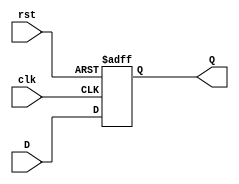
`timescale 1ns / 1ps
//////////////////////////////////////////////////////////////////////////////////


module DFlipFlop(input clk, input rst, input D, output reg Q);
 
 always @ (posedge clk or posedge rst) begin // Asynchronous Reset
 if (rst)
 Q <= 1'b0;
 else
 Q <= D;
 end
endmodule